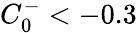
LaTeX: C_{0}^{-}<-0.3